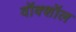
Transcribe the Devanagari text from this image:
वॉक्शॉल